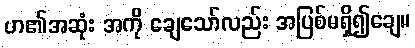
ဟ၏အဆုံး အကို ချေသော်လည်း အပြစ်မရှိ၍ချေ။